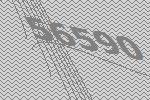
56590